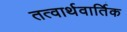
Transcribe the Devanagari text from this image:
तत्वार्थवार्तिक